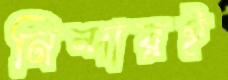
নিন্দারই